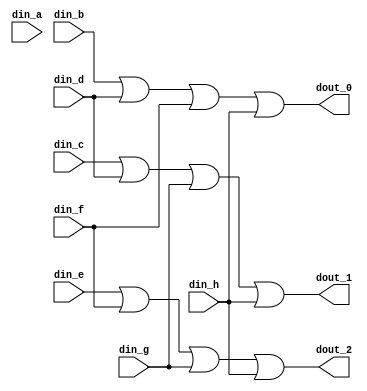
`timescale 1ns/10ps

// // 4x2 encoder
// module encoder(
//     din_a,
//     din_b,
//     din_c,
//     din_d,
//     dout_0,
//     dout_1
// );

// input din_a;
// input din_b;
// input din_c;
// input din_d;

// output dout_0;
// output dout_1;

// assign dout_0 = din_b | din_d;
// assign dout_1 = din_c | din_d;

// endmodule



// 8x3 encoder
module encoder(
    din_a,
    din_b,
    din_c,
    din_d,
    din_e,
    din_f,
    din_g,
    din_h,
    dout_0,
    dout_1,
    dout_2
);

input din_a;
input din_b;
input din_c;
input din_d;
input din_e;
input din_f;
input din_g;
input din_h;

output dout_0;
output dout_1;
output dout_2;

assign dout_0 = din_b | din_d | din_f | din_h;
assign dout_1 = din_c | din_d | din_g | din_h;
assign dout_2 = din_e | din_f | din_g | din_h;

endmodule